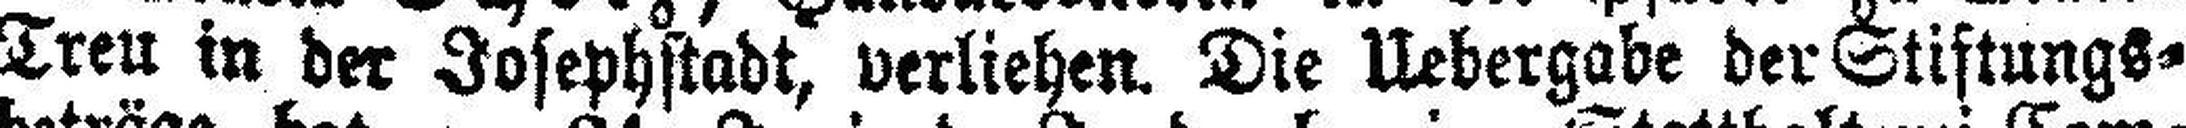
Treu in der Josephstadt, verliehen. Die Uebergabe der Stiftungs¬